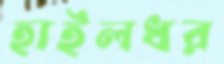
হাইলধর